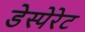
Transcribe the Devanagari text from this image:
डेस्पेरेट